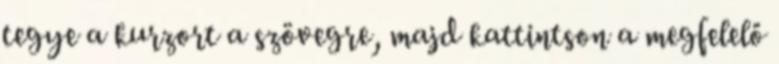
tegye a kurzort a szövegre, majd kattintson a megfelelő